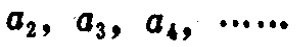
\(a_{2}, \ a_{3}, \ a_{4}, \ \cdots\cdots\)